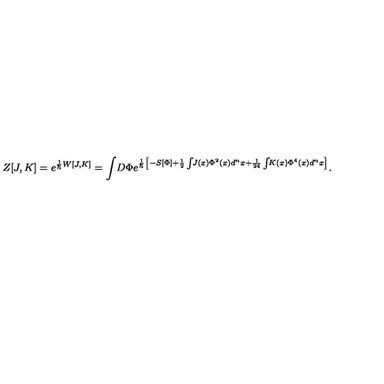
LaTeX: Z [ J , K ] = e ^ { \frac { 1 } { \hbar } W [ J , K ] } = \int \! D \Phi e ^ { \frac { 1 } { \hbar } \left[ - S [ \Phi ] + \frac { 1 } { 2 } \int \! \! J ( x ) \Phi ^ { 2 } ( x ) d ^ { n } x + \frac { 1 } { 2 4 } \int \! \! K ( x ) \Phi ^ { 4 } ( x ) d ^ { n } x \right] } .